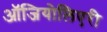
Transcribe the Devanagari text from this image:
ऑजियोलिएरी